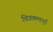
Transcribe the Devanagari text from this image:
चित्रकलाएँ।